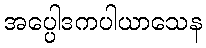
အပ္ပေါဒကပါယာသေန